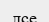
лсе